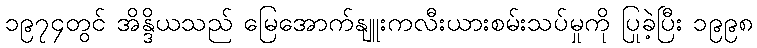
၁၉၇၄တွင် အိန္ဒိယသည် မြေအောက်နျူးကလီးယားစမ်းသပ်မှုကို ပြုခဲ့ပြီး ၁၉၉၈